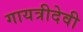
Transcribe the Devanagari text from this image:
गायत्रीदेवी